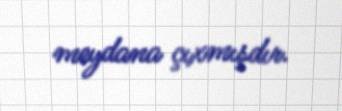
meydana çıxmışdır.